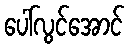
ပေါ်လွင်အောင်